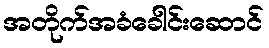
အတိုက်အခံခေါင်းဆောင်